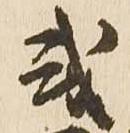
或